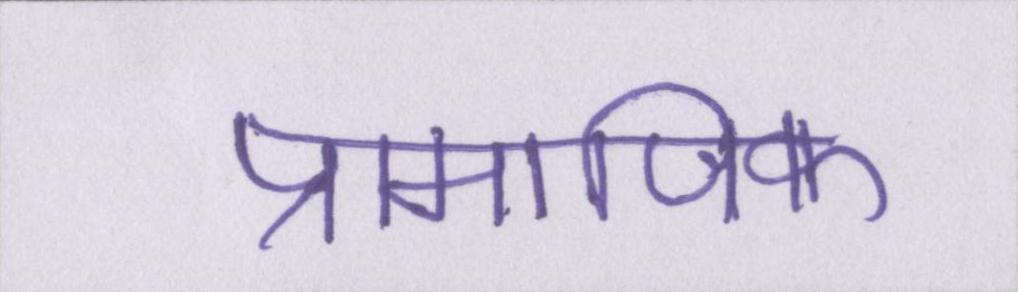
प्रामाणिक